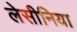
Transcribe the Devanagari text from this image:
लेसीनिया